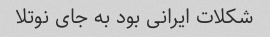
شکلات ایرانی بود به جای نوتلا